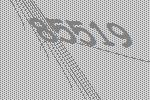
85519